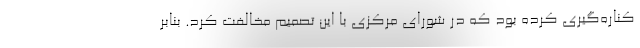
کناره‌گیری کرده بود که در شورای مرکزی با این تصمیم مخالفت کرد. بنابر